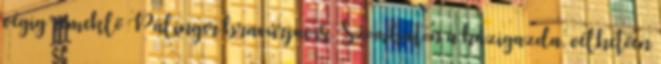
végig remeklő Pálinger bravúrjai is. Szombaton a házigazda, vélhetően